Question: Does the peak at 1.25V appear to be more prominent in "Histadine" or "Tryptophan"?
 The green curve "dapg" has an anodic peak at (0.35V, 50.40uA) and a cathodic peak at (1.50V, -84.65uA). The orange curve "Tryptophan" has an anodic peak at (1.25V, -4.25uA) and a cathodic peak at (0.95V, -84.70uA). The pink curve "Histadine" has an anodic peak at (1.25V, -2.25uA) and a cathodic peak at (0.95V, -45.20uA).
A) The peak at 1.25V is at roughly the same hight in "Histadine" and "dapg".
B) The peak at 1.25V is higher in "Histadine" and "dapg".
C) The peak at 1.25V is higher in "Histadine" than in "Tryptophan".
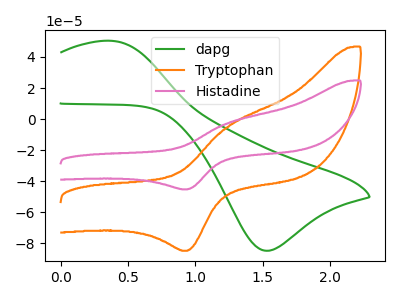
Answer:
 <answer>C) The peak at 1.25V is higher in "Histadine" than in "Tryptophan".</answer>
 <eval>C</eval>